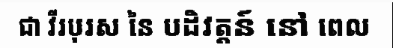
ជា វីរបុរស នៃ បដិវត្តន៍ នៅ ពេល